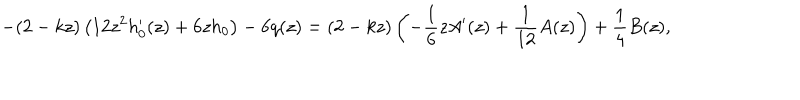
LaTeX: - ( 2 - k z ) \left( 1 2 z ^ { 2 } h _ { 0 } ^ { \prime } ( z ) + 6 z h _ { 0 } \right) - 6 q ( z ) = ( 2 - k z ) \left( - \frac { 1 } { 6 } z A ^ { \prime } ( z ) + \frac { 1 } { 1 2 } A ( z ) \right) + \frac { 1 } { 4 } B ( z ) ,